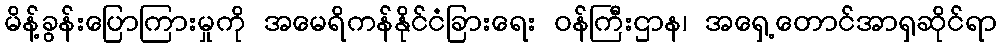
မိန့်ခွန်းပြောကြားမှုကို အမေရိကန်နိုင်ငံခြားရေး ဝန်ကြီးဌာန၊ အရှေ့တောင်အာရှဆိုင်ရာ